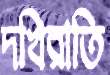
দখিরাতি